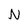
Character: N